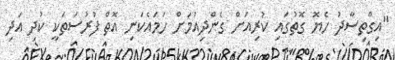
"އިގްތިސާދު ހެޔޮ ގޮތުގައި ކުރިއަށް ގެންދިއުމަށް ހަމައެކަނި އޮތް ފުރުސަތަކީ ކުދި އަދި